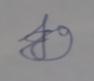
Signature authenticity: forged